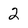
Character: 2